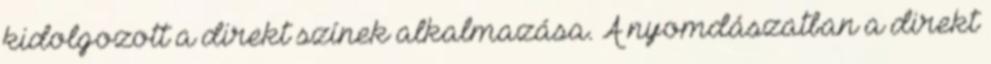
kidolgozott a direkt színek alkalmazása. A nyomdászatban a direkt